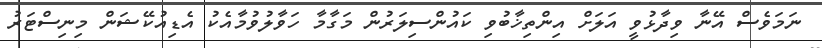
ނަމަވެސް އޭނާ ވިދާޅުވީ އަލަށް އިންތިޚާބުވި ކައުންސިލަރުން މަގާމާ ހަވާލުވުމާއެކު އެޑިއުކޭޝަން މިިނިސްޓަރު